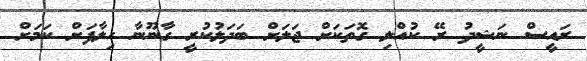
ރައީސް ނަޝީދު ރޭ ކުއްލި ގޮތަކަށް ޖަލަށް ބަދަލުކުރީ ގާނޫނާ ހިލާފަށް ކަމަށް